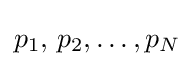
p_{1},\,p_{2},\dots ,p_{N}